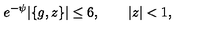
e ^ { - \psi } | \{ g , z \} | \le 6 , \qquad | z | < 1 ,